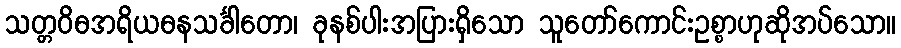
သတ္တဝိဓအရိယဓနသင်္ခါတော၊ ခုနစ်ပါးအပြားရှိသော သူတော်ကောင်းဥစ္စာဟုဆိုအပ်သော။